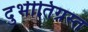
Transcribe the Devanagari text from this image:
दुर्भीतिग्रस्त